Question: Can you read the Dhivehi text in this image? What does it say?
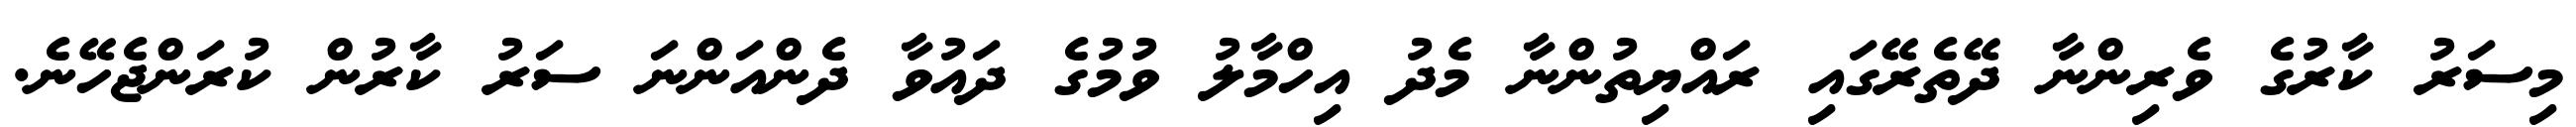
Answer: މިސަރު ކާރުގެ ވެރިންނާ ދޭތެރޭގައި ރައްޔިތުންނާ މެދު އިހްމާލު ވުމުގެ ދައުވާ ދެންއަންނަ ސަރު ކާރުން ކުރަންޖެހޭނެ.